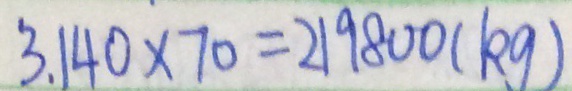
3 . 1 4 0 \times 7 0 = 2 1 9 8 0 0 ( k g )